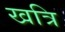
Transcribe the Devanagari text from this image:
खत्रि